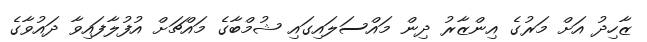
ޒާހިދު އަށް މަރުގެ އިންޒާރު ދިން މައްސަލައިގައި ޝުމްބާގެ މައްޗަށް އުފުލާފައިވާ ދައުވާގެ